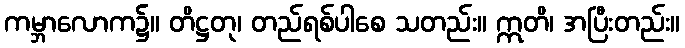
ကမ္ဘာလောက၌။ တိဋ္ဌတု၊ တည်ရစ်ပါစေ သတည်း။ ဣတိ၊ အပြီးတည်း။